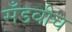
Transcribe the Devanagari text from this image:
सँडवीच